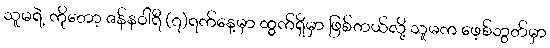
သူမရဲ့ ကိုတော့ ဇန်နဝါရီ (၇)ရက်နေ့မှာ ထွက်ရှိမှာ ဖြစ်တယ်လို့ သူမက ဖေ့စ်ဘွတ်မှာ